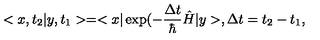
< x , t _ { 2 } | y , t _ { 1 } > = < x | \exp ( - \frac { \Delta t } { \hbar } \hat { H } | y > , \Delta t = t _ { 2 } - t _ { 1 } ,